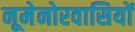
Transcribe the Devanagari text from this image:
नूमेनोरवासियों